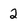
Character: 2